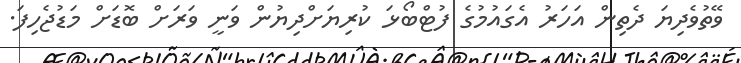
ވޭތުވެދިޔަ ދެތިން އަހަރު އެގައުުމުގެ ފުޓްބޯޅަ ކުރިޔަށްދިޔުން ވަނީ ވަރަށް ބޮޑަށް މަޑުޖެހިފަ.